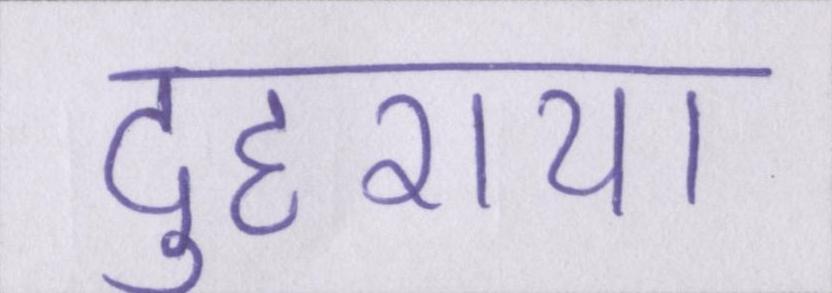
दुहराया